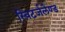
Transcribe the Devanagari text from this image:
स्विटर्जलैण्ड